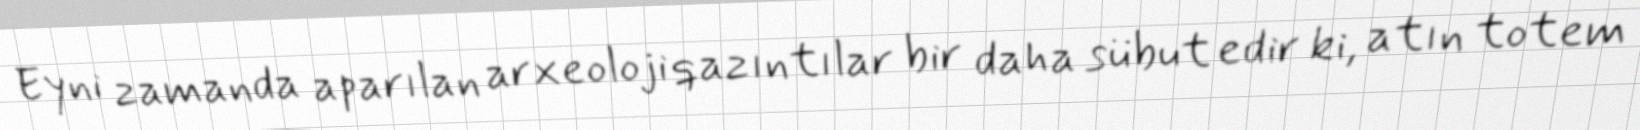
Eyni zamanda aparılan arxeoloji qazıntılar bir daha sübut edir ki, atın totem